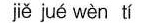
jie jué wèn tí